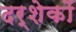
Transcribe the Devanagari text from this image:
दर्शेकों